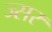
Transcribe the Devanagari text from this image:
ज्सर